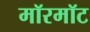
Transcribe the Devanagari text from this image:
मॉरमॉट